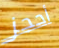
أحجز